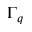
\Gamma _ { q }